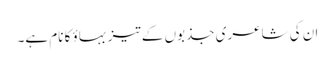
ان کی شاعری جذبوں کے تیز بہاؤ کا نام ہے۔